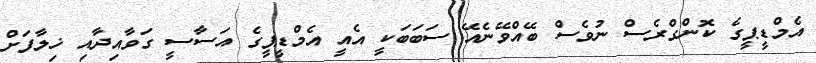
އެމްޑީޕީގެ ކޮންގްރެސް ނުވެސް ބޭއްވޭނެއޭ ސަބަބަކީ އެއީ އެމްޑީޕީގެ އަސާސީ ގަވާއިދާއި ޚިލާފަށް